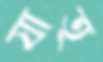
যাত্